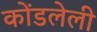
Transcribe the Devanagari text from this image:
कोंडलेली